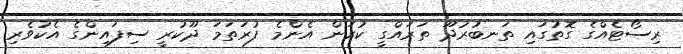
ރިސޯޓެއްގެ ގޮތުގައި ތަނބުރުދޫ ތަރައްގީ ކުރަން އެންމެ ފުރަތަމަ ދޫކުރީ ސިފައިންގެ އެކުވެރި